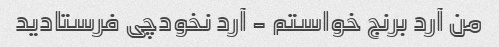
من آرد برنج خواستم - آرد نخودچی فرستادید